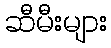
ဆီမီးများ